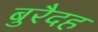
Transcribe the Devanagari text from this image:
बुरैदह